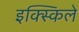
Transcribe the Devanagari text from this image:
इक्स्किले